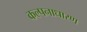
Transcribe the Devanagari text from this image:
कल्पनाधारण